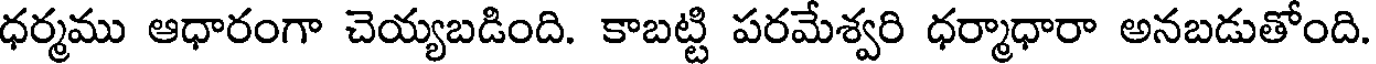
ధర్మము ఆధారంగా చెయ్యబడింది. కాబట్టి పరమేశ్వరి ధర్మాధారా అనబడుతోంది